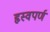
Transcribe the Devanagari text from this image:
हृस्वपर्ण